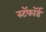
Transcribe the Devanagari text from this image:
स्टॅफॉर्ड